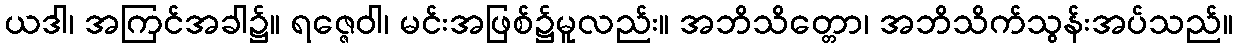
ယဒါ၊ အကြင်အခါ၌။ ရဇ္ဇေဝါ၊ မင်းအဖြစ်၌မူလည်း။ အဘိသိတ္တော၊ အဘိသိက်သွန်းအပ်သည်။